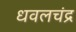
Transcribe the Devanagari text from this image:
धवलचंद्र